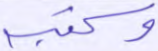
وكتبه